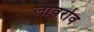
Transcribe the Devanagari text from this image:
लावरोव